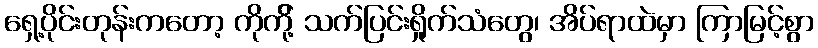
ရှေ့ပိုင်းတုန်းကတော့ ကိုကို့် သက်ပြင်းရှိုက်သံတွေ၊ အိပ်ရာထဲမှာ ကြာမြင့်စွာ